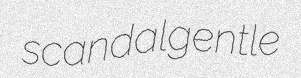
scandal gentle